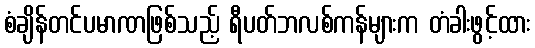
စံချိန်တင်ပမာဏဖြစ်သည့် ရီပတ်ဘလစ်ကန်များက တံခါးဖွင့်ထား